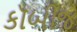
કૉબીજ